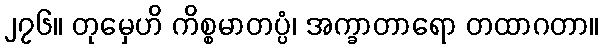
၂၇၆။ တုမှေဟိ ကိစ္စမာတပ္ပံ၊ အက္ခာတာရော တထာဂတာ။